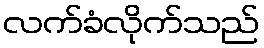
လက်ခံလိုက်သည်